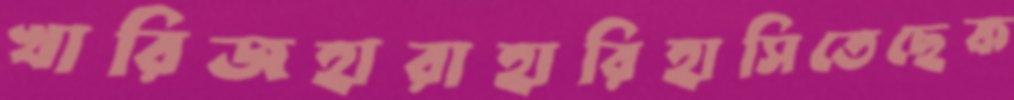
খারিজহারাহারিহাসিতেছেক